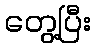
တွေ့ပြီး